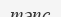
тәпс